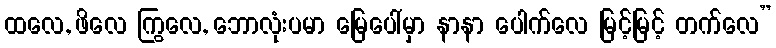
ထလေ, ဖိလေ ကြွလေ, ဘောလုံးပမာ မြေပေါ်မှာ နာနာ ပေါက်လေ မြင့်မြင့် တက်လေ”